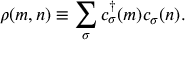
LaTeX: \rho ( m , n ) \equiv \sum _ { \sigma } c _ { \sigma } ^ { \dagger } ( m ) c _ { \sigma } ( n ) .